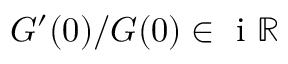
G ^ { \prime } ( 0 ) / G ( 0 ) \in \mathrm { ~ i ~ } \mathbb { R }